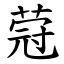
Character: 蒄